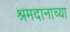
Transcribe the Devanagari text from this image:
श्रमदानाच्या